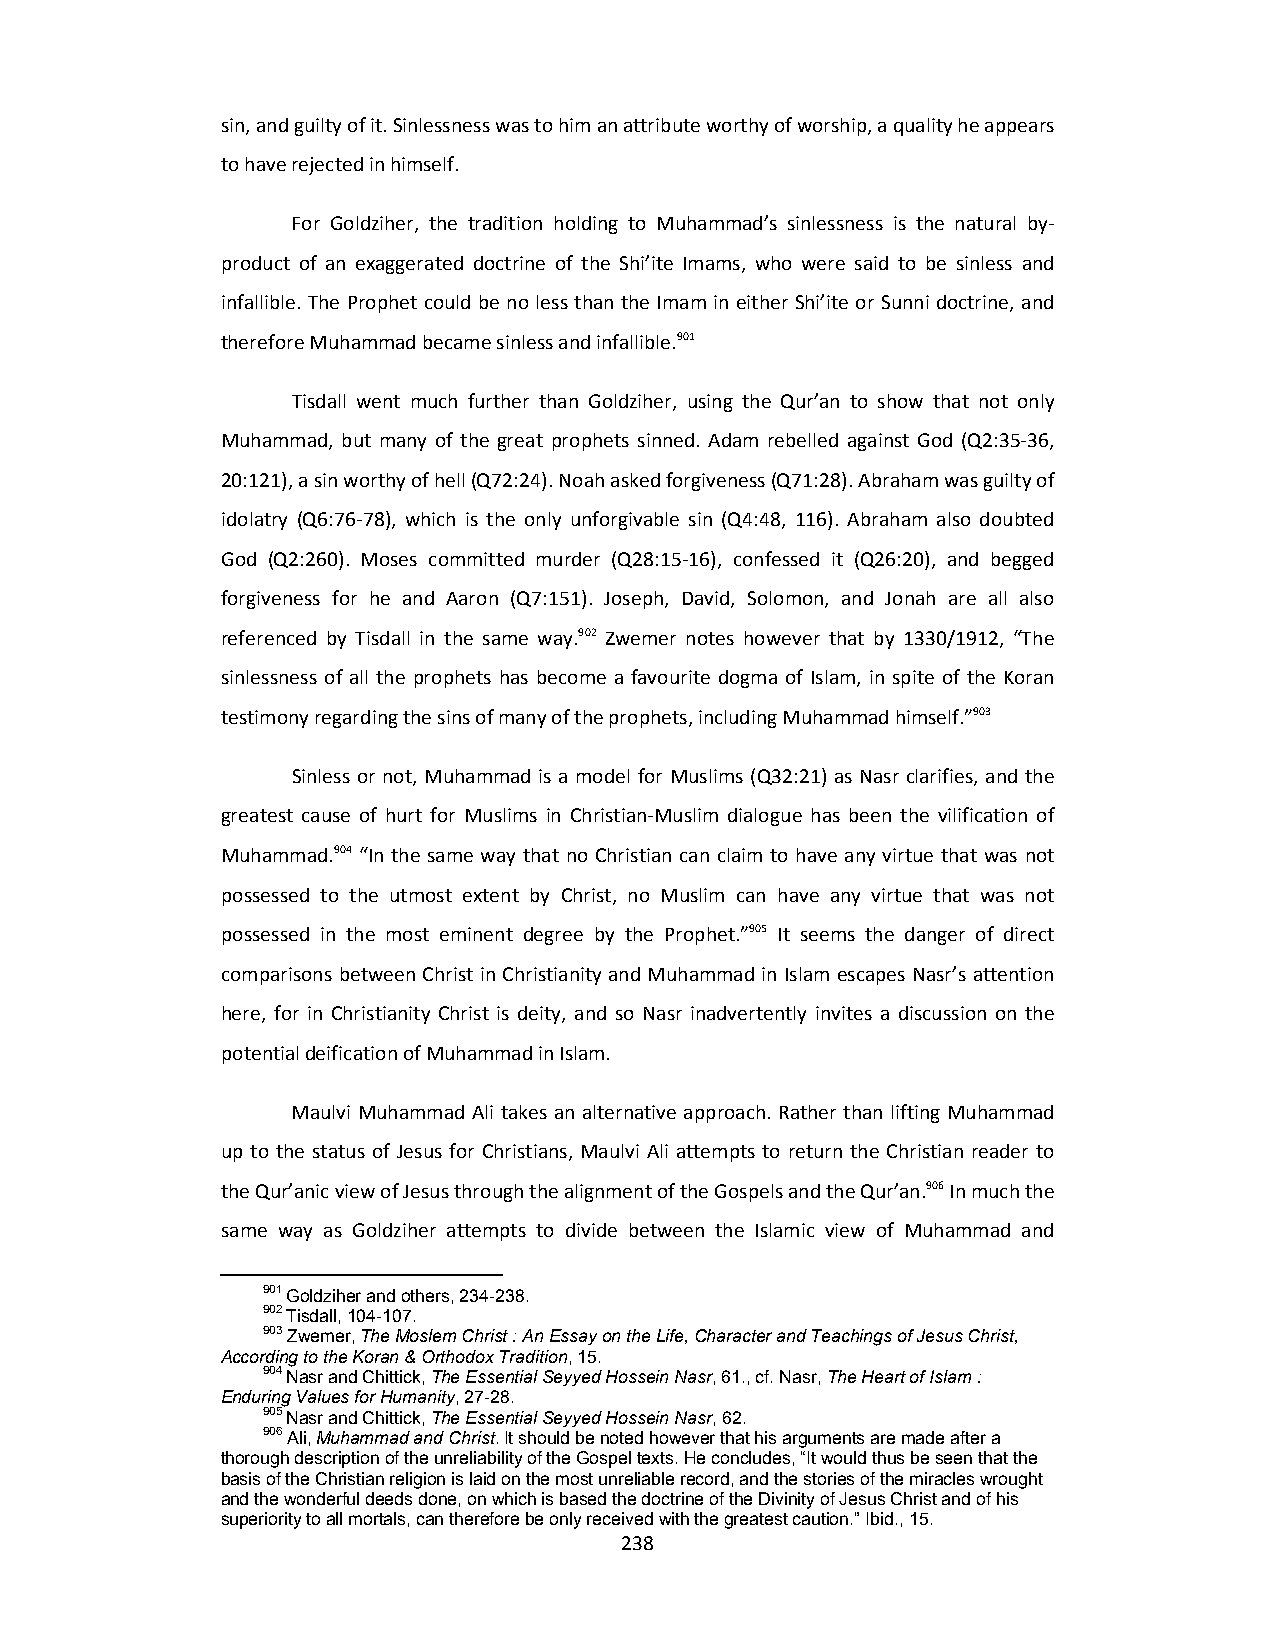
sin, and guilty of it. Sinlessness was to him an attribute worthy of worship, a quality he appears
 to have rejected in himself.
 For Goldziher, the tradition holding to Muhammad’s sinlessness is the natural by‐
 product of an exaggerated doctrine of the Shi’ite Imams, who were said to be sinless and
 infallible. The Prophet could be no less than the Imam in either Shi’ite or Sunni doctrine, and
 therefore Muhammad became sinless and infallible.901
 Tisdall went much further than Goldziher, using the Qur’an to show that not only
 Muhammad, but many of the great prophets sinned. Adam rebelled against God (Q2:35‐36,
 20:121), a sin worthy of hell (Q72:24). Noah asked forgiveness (Q71:28). Abraham was guilty of
 idolatry (Q6:76‐78), which is the only unforgivable sin (Q4:48, 116). Abraham also doubted
 God (Q2:260). Moses committed murder (Q28:15‐16), confessed it (Q26:20), and begged
 forgiveness for he and Aaron (Q7:151). Joseph, David, Solomon, and Jonah are all also
 referenced by Tisdall in the same way.902 Zwemer notes however that by 1330/1912, “The
 sinlessness of all the prophets has become a favourite dogma of Islam, in spite of the Koran
 testimony regarding the sins of many of the prophets, including Muhammad himself.”903
 Sinless or not, Muhammad is a model for Muslims (Q32:21) as Nasr clarifies, and the
 greatest cause of hurt for Muslims in Christian‐Muslim dialogue has been the vilification of
 Muhammad.904 “In the same way that no Christian can claim to have any virtue that was not
 possessed to the utmost extent by Christ, no Muslim can have any virtue that was not
 possessed in the most eminent degree by the Prophet.”905 It seems the danger of direct
 comparisons between Christ in Christianity and Muhammad in Islam escapes Nasr’s attention
 here, for in Christianity Christ is deity, and so Nasr inadvertently invites a discussion on the
 potential deification of Muhammad in Islam.
 Maulvi Muhammad Ali takes an alternative approach. Rather than lifting Muhammad
 up to the status of Jesus for Christians, Maulvi Ali attempts to return the Christian reader to
 the Qur’anic view of Jesus through the alignment of the Gospels and the Qur’an.906 In much the
 same way as Goldziher attempts to divide between the Islamic view of Muhammad and
 901 Goldziher and others, 234-238.
 902 Tisdall, 104-107.
 903 Zwemer, The Moslem Christ : An Essay on the Life, Character and Teachings of Jesus Christ,
 According to the Koran & Orthodox Tradition, 15.
 904 Nasr and Chittick, The Essential Seyyed Hossein Nasr, 61., cf. Nasr, The Heart of Islam :
 Enduring Values for Humanity, 27-28.
 905 Nasr and Chittick, The Essential Seyyed Hossein Nasr, 62.
 906 Ali, Muhammad and Christ. It should be noted however that his arguments are made after a
 thorough description of the unreliability of the Gospel texts. He concludes, “It would thus be seen that the
 basis of the Christian religion is laid on the most unreliable record, and the stories of the miracles wrought
 and the wonderful deeds done, on which is based the doctrine of the Divinity of Jesus Christ and of his
 superiority to all mortals, can therefore be only received with the greatest caution.” Ibid., 15.
 238